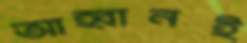
আহ্বানই